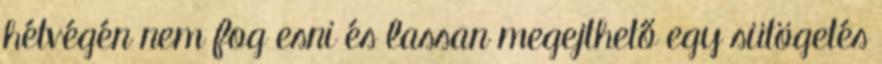
hétvégén nem fog esni és lassan megejthető egy sütögetés